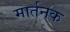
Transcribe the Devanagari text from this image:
मार्तनक